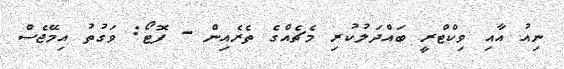
ނިއު އާއި ވިކްޓްރީ ބައްދަލުކުރި މެޗެއްގެ ތެރެއިން - ފޮޓޯ: ވަގުތު އިމޭޖެސް